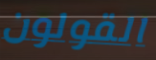
القولون